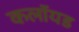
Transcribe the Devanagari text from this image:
कलॉयड